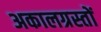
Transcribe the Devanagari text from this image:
अकालग्रस्तों